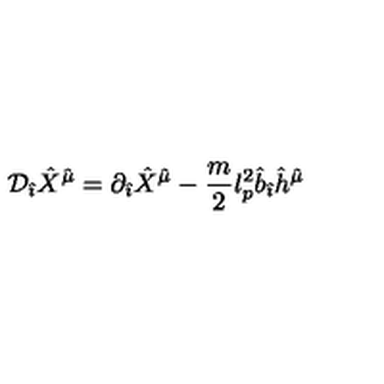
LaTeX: { \cal D } _ { \hat { \imath } } { \hat { X } } ^ { \hat { \mu } } = \partial _ { \hat { \imath } } { \hat { X } } ^ { \hat { \mu } } - \frac { m } { 2 } l _ { p } ^ { 2 } { \hat { b } } _ { \hat { \imath } } { \hat { h } } ^ { \hat { \mu } }